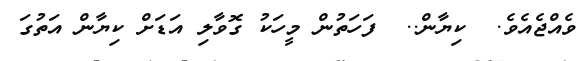
ވެއްޖެއެވެ.  ކިޔާން..  ފަހަތުން މީހަކު ގޮވާލި އަޑަށް ކިޔާން އަތުގަ